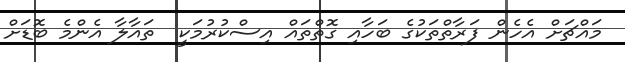
މައްޗަށް އެހެން ފަރާތްތަކުގެ ބަހާއި ގޮތްތައް އިސްކުރުމަކީ  ތައާލާ އެންމެ ބޮޑަށް